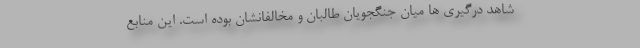
شاهد درگیری ‌ها میان جنگجویان طالبان و مخالفانشان بوده است. این منابع